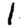
Digit: 1